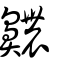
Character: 齈